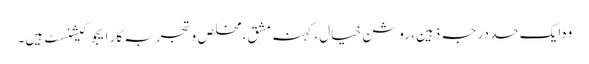
وہ ایک حد درجہ ذہین، روشن خیال ، کہنہ مشق، مخلص و تجربہ کار ایجوکیشنسٹ ہیں۔